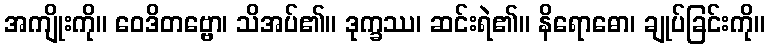
အကျိုးကို။ ဝေဒိတဗ္ဗော၊ သိအပ်၏။ ဒုက္ခဿ၊ ဆင်းရဲ၏။ နိရောဓော၊ ချုပ်ခြင်းကို။